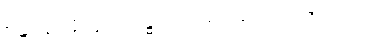
စန္ဒနော နိတ္ထိယံ ဂန္ဓ၊ သာရော မလယဇော ပျထ။